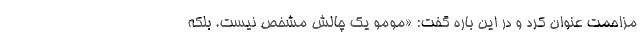
مزاحمت عنوان کرد و در این‌ باره گفت: «مومو یک چالش مشخص نیست. بلکه